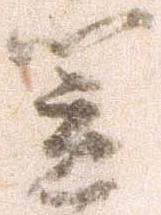
笠